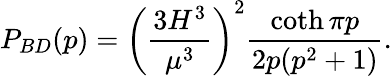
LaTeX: P_{BD}(p)=\left(\frac{3H^{3}}{\mu^{3}}\right)^{2}\frac{\coth\pi p}{2p(p^{2}+1)}.